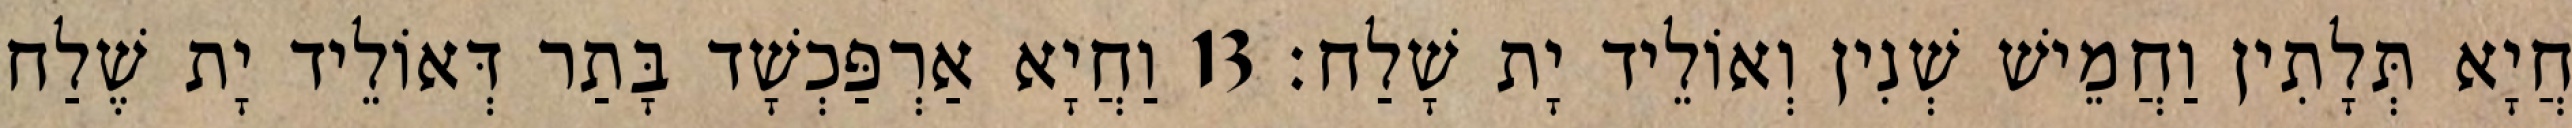
חֲיָא תְּלָתִין וַחֲמֵישׁ שְׁנִין וְאוֹלֵיד יָת שָׁלַח׃ 13 וַחֲיָא אַרְפַּכְשָׁד בָּתַר דְּאוֹלֵיד יָת שֶׁלַח